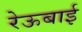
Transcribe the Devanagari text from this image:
रेऊबाई